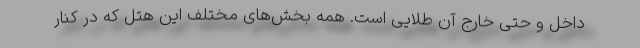
داخل و حتی خارج آن طلایی است. همه بخش‌های مختلف این هتل که در کنار